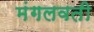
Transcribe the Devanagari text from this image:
मंगलवती